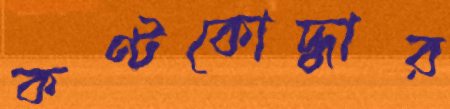
কণ্টকোদ্ধার